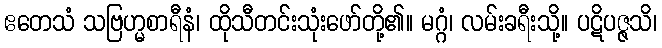
ဧတေသံ သဗြဟ္မစာရီနံ၊ ထိုသီတင်းသုံးဖော်တို့၏။ မဂ္ဂံ၊ လမ်းခရီးသို့။ ပဋိပဇ္ဇသိ၊